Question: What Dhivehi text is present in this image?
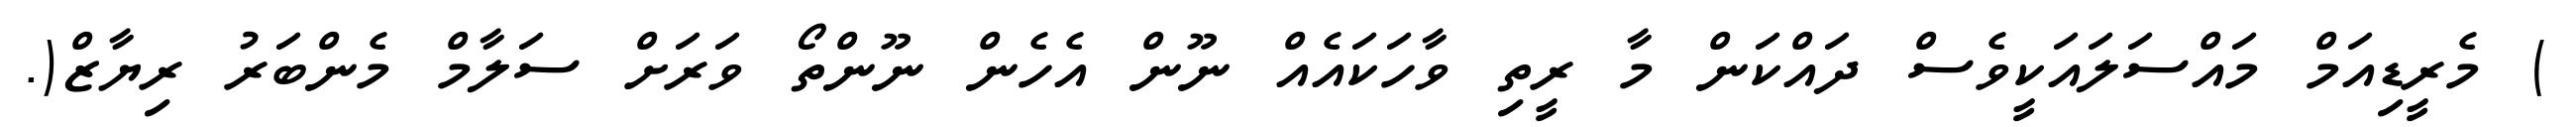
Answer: ) މެރީޑިއަމް މައްސަލައަކީވެސް ދައްކަން މާ ރީތި ވާހަކައެއް ނޫން އެހެން ނޫންތޯ ވަރަށް ސަލާމް މެންބަރު ރިޔާޒް(.